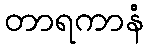
တာရကာနံ